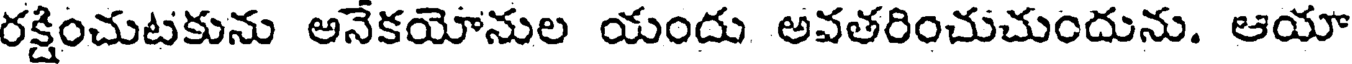
రక్షించుటకును అనేకయోనుల యందు అవతరించుచుందును. ఆయా